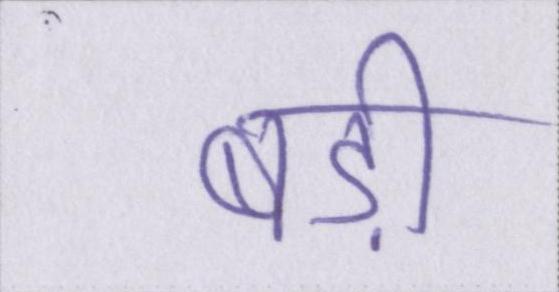
बड़ी